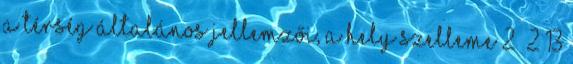
A térség általános jellemzői, a hely szelleme 2 2 13